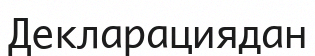
Декларациядан